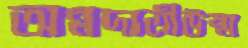
অন্নদাত্রীউষ্ম